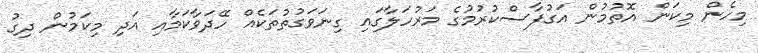
މިހެން މިކަން އޮތުމުން އަގުފާސްކުރުމުގެ މަރުހަލާގައި ގިނަވަގުތުތަކެއް ހޭދަވާކަމާއި އަދި މިކަމުން ދިގު